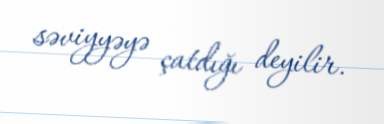
səviyyəyə çatdığı deyilir.